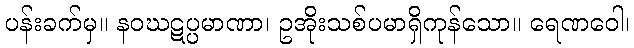
ပန်းခက်မှ။ နဝဃဋပ္ပမာဏာ၊ ဥအိုးသစ်ပမာရှိကုန်သော။ ရေဏဝေါ၊